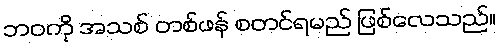
ဘဝကို အသစ် တစ်ဖန် စတင်ရမည် ဖြစ်လေသည်။